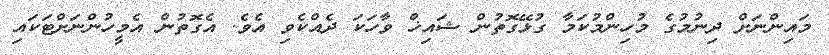
މައިންނަށް ދިނުމުގެ މުހިންމުކަމާ ގުޅޭގޮތުން ޝައިޚް ވާހަކަ ދެއްކެވި އެވެ. އެގޮތުން އެމީހުންނަށްޓަކައި